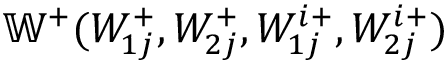
\mathbb { W } ^ { + } ( W _ { 1 j } ^ { + } , W _ { 2 j } ^ { + } , W _ { 1 j } ^ { i + } , W _ { 2 j } ^ { i + } )